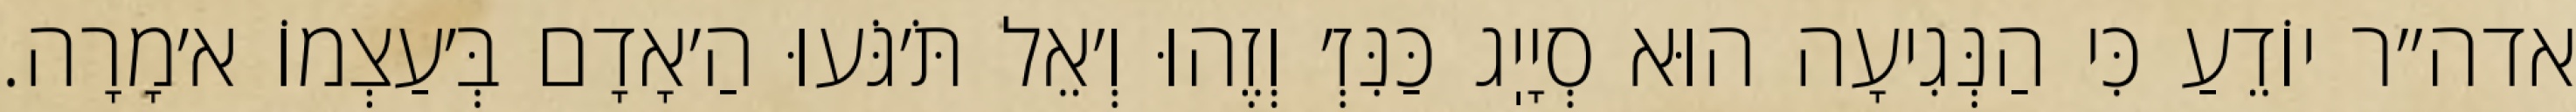
אדה״ר יוֹדֵעַ כִּי הַנְּגִיעָה הוּא סְיָיֽג כַּנִּזְ׳ וְזֶהוּ וְ׳אֵל תֹּ׳גֹּעוּ הַ׳אָדָם בְּ׳עַצְמוֹ א׳מָרָה.